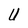
Character: U